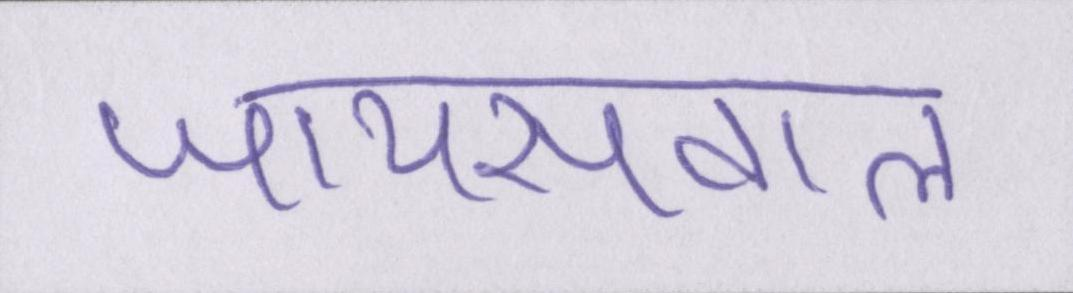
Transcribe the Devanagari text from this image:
जायसवाल